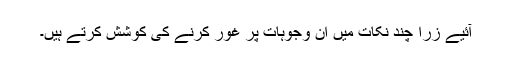
آئیے زرا چند نکات میں ان وجوہات پر غور کرنے کی کوشش کرتے ہیں۔